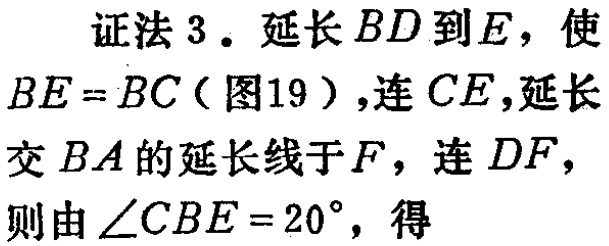
证法 3. 延长 \(BD\) 到 \(E\)，使 \(BE = BC\)（图19），连 \(CE\)，延长交 \(BA\) 的延长线于 \(F\)，连 \(DF\)，则由 \(\angle CBE = 20^{\circ}\)，得